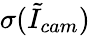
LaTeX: \sigma(\tilde{I}_{cam})